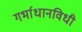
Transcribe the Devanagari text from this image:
गर्भाधानविधी